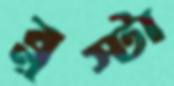
ব্লুস্টা